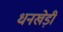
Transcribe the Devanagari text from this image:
धनखेड़ी